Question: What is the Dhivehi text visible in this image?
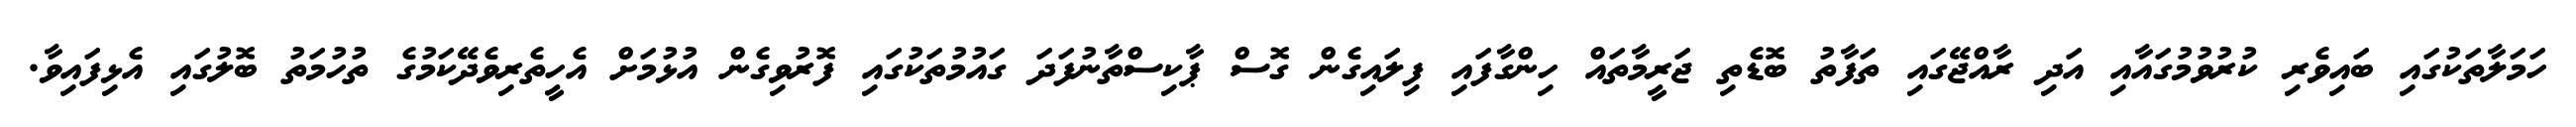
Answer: ހަމަލާތަކުގައި ބައިވެރި ކުރުވުމުގައާއި އަދި ރާއްޖޭގައި ތަފާތު ބޮޑެތި ޖަރީމާތައް ހިންގާފައި ފިލައިގެން ގޮސް ޕާކިސްތާނުފަދަ ގައުމުތަކުގައި ފޮރުވިގެން އުޅުމަށް އެހީތެރިވެދޭކަމުގެ ތުހުމަތު ބޮލުގައި އެޅިފައިވާ.